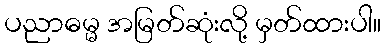
ပညာဓမ္မ အမြတ်ဆုံးလို့ မှတ်ထားပါ။